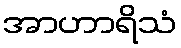
အာဟာရိသံ